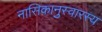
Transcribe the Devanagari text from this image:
नासिकानुस्वारस्य